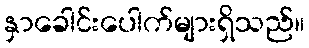
နှာခေါင်းပေါက်များရှိသည်။